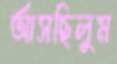
আসছিলুম